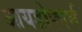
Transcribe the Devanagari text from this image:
आयडोफार्म